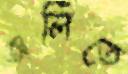
অর্লিতে